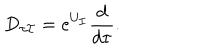
LaTeX: D _ { \tau \cal I } = e ^ { U _ { \cal I } } \frac { d } { d \tau } .